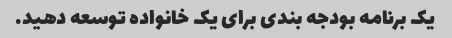
یک برنامه بودجه بندی برای یک خانواده توسعه دهید.